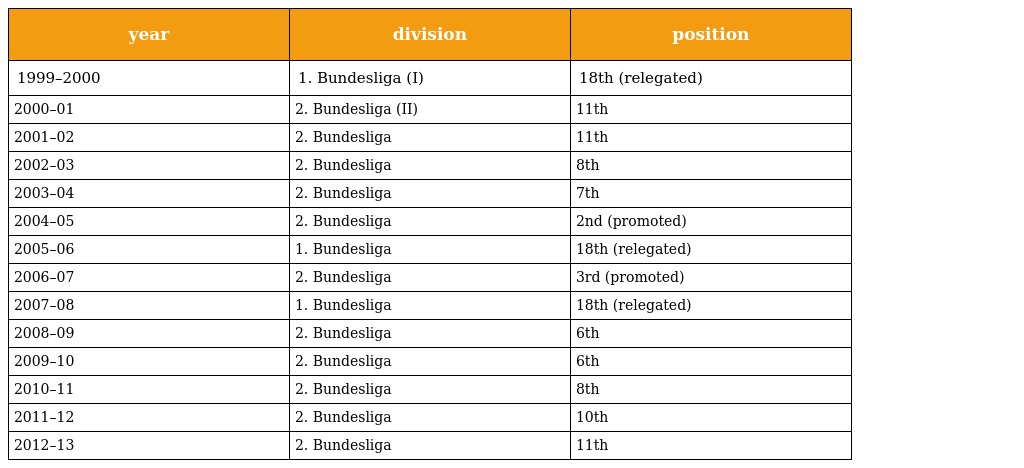
| year | division | position |
 | --- | --- | --- |
 | 1999–2000 | 1. Bundesliga (I) | 18th (relegated) |
 | 2000–01 | 2. Bundesliga (II) | 11th |
 | 2001–02 | 2. Bundesliga | 11th |
 | 2002–03 | 2. Bundesliga | 8th |
 | 2003–04 | 2. Bundesliga | 7th |
 | 2004–05 | 2. Bundesliga | 2nd (promoted) |
 | 2005–06 | 1. Bundesliga | 18th (relegated) |
 | 2006–07 | 2. Bundesliga | 3rd (promoted) |
 | 2007–08 | 1. Bundesliga | 18th (relegated) |
 | 2008–09 | 2. Bundesliga | 6th |
 | 2009–10 | 2. Bundesliga | 6th |
 | 2010–11 | 2. Bundesliga | 8th |
 | 2011–12 | 2. Bundesliga | 10th |
 | 2012–13 | 2. Bundesliga | 11th |